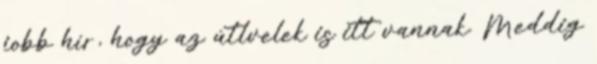
jobb hír, hogy az útlvelek is itt vannak. Meddig